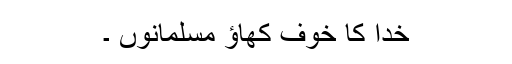
خدا کا خوف کھاؤ مسلمانوں ۔